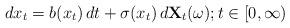
LaTeX: \begin{align*} dx_t &= b(x_t)\, dt + \sigma(x_t)\, d\mathbf{X}_t(\omega); t \in [0,\infty)\end{align*}